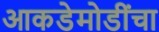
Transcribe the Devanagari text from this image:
आकडेमोडींचा